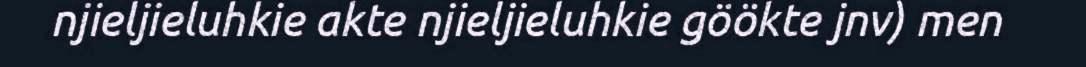
njieljieluhkie akte njieljieluhkie göökte jnv) men